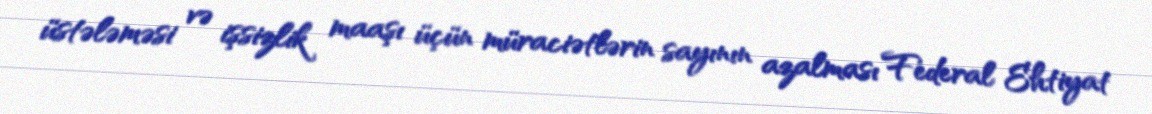
üstələməsi və işsizlik maaşı üçün müraciətlərin sayının azalması Federal Ehtiyat